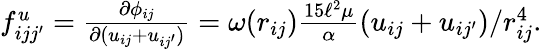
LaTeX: \begin{array}{r}{f_{ijj^{\prime}}^{u}=\frac{\partial\phi_{ij}}{\partial(u_{ij}+u_{ij^{\prime}})}=\omega(r_{ij})\frac{15\ell^{2}\mu}{\alpha}(u_{ij}+u_{ij^{\prime}})/r_{ij}^{4}.}\end{array}